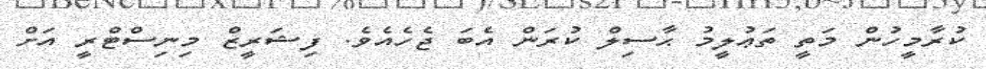
ކުރާމީހުން މަތީ ތަޢުލީމު ޙާސިލް ކުރަން އެބަ ޖެހެއެވެ. ފިޝަރީޒް މިނިސްޓްރީ އަށް